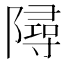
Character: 𨼔